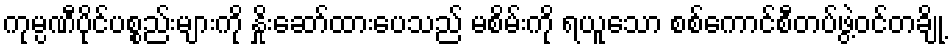
ကုမ္ပဏီပိုင်ပစ္စည်းများကို နှိုးဆော်ထားပေသည် မစိမ်းကို ရယူသော စစ်ကောင်စီတပ်ဖွဲ့ဝင်တချို့